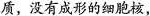
质，没有成形的细胞核，